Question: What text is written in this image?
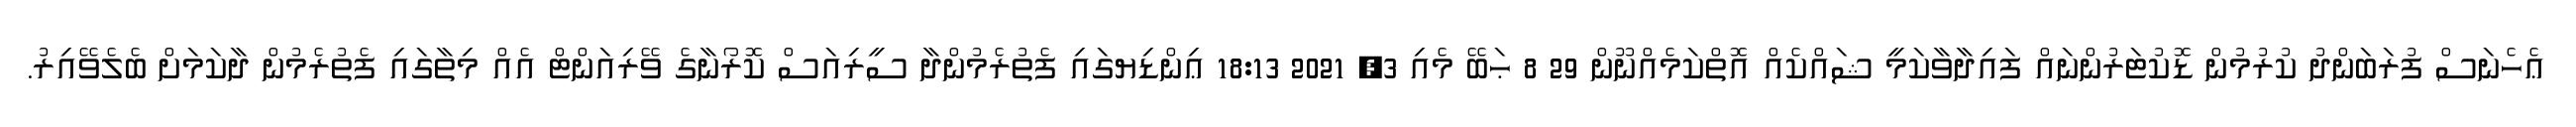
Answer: ޢެހެނަސް ފުރަބަންދު ކުރުމުން ޑޮކުޓަރުންނައް ފައިދާވާކަމީ ޝައްކެއް އޮތްކަމެއްނޫން 29 8 ޙަބޭ މެއި 3, 2021 18:13 ޢިންޑިޔގައި ފެތުރެމުންދާ ސީރިއަސް ކޮރޯނާގެ ވޭރިއަންޓް އެއް މިތާގައި ފެތުރެމުން ދާކަމަށް ބެލެވޭއިރު.